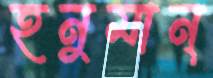
হনুমান্‌